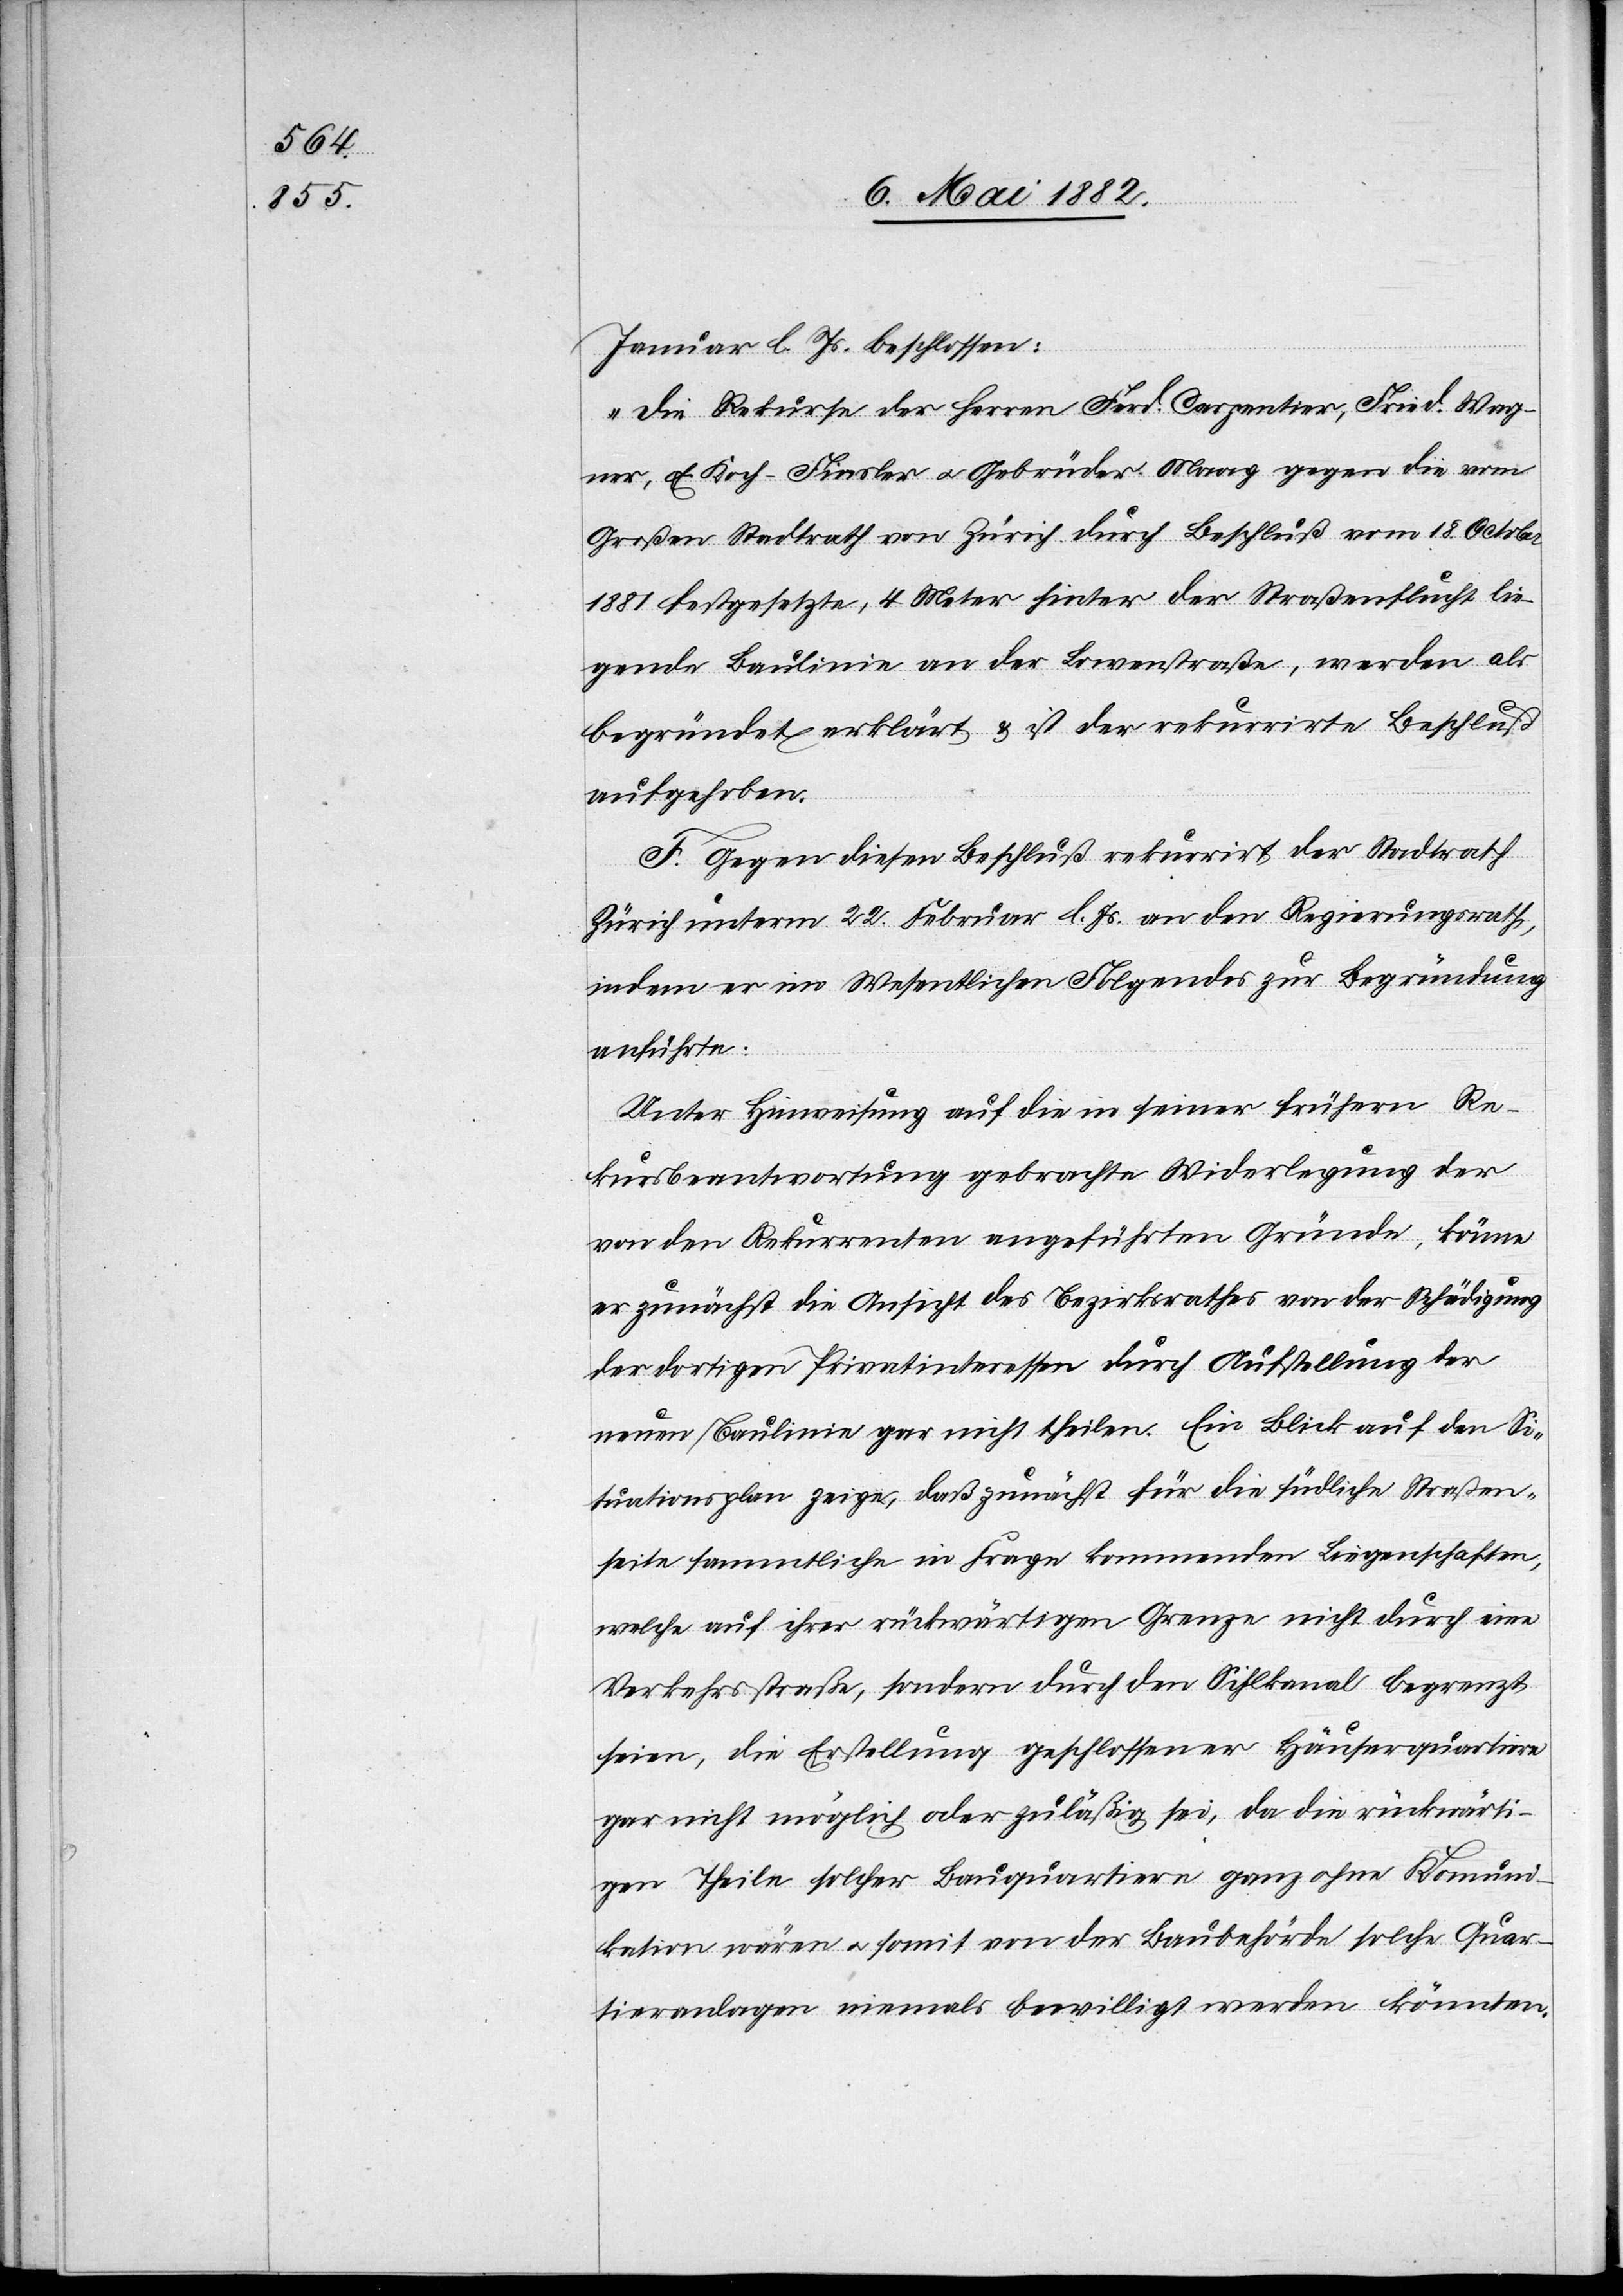
Januar l. Js. beschlossen:
„Die Rekurse der Herren Ferd. Carpentier, Fried. Wag¬
ner, E. Koch-Finsler u. Gebrüder Maag gegen die vom
Großen Stadtrath von Zürich durch Beschluß vom 18. Octobr.
1881 festgesetzte, 4 Meter hinter der Straßenflucht lie¬
gende Baulinie an der Löwenstraße, werden als
begründet erklärt & ist der rekurrirte Beschluß
aufgehoben.
F. Gegen diesen Beschluß rekurrirt[e] der Stadtrath
Zürich unterm 22. Februar l. Js. an den Regierungsrath,
indem er im Wesentlichen Folgendes zur Begründung
anführte:
Unter Hinweisung auf die in seiner frühern Re¬
kursbeantwortung gebrachte Widerlegung der
von den Rekurrenten angeführten Gründe, könne
er zunächst die Ansicht des Bezirksrathes von der Schädigung
der dortigen Privatinteressen durch Aufstellung der
neuen Baulinie gar nicht theilen. Ein Blick auf den Si¬
tuationsplan zeige, daß zunächst für die südliche Straßen¬
seite sämmtliche in Frage kommenden Liegenschaften,
welche auf ihrer rückwärtigen Grenze nicht durch eine
Verkehrsstraße, sondern durch den Sihlkanal begrenzt
seien, die Erstellung geschlossener Häuserquartiere
gar nicht möglich oder zuläßig sei, da die rückwärti¬
gen Theile solcher Bauquartiere ganz ohne Kom[m]uni¬
kation wären u. somit von der Baubehörde solche Quar¬
tieranlagen niemals bewilligt werden könnten.